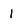
Character: 1